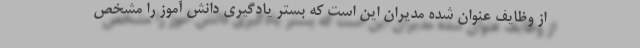
از وظایف عنوان شده مدیران این است که بستر یادگیری دانش آموز را مشخص